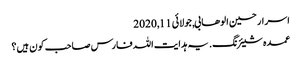
اسرار حسین الوھابی, ‏جولائی 11, 2020
عمدہ شیئرنگ. یہ ہدایت اللہ فارس صاحب کون ہیں؟